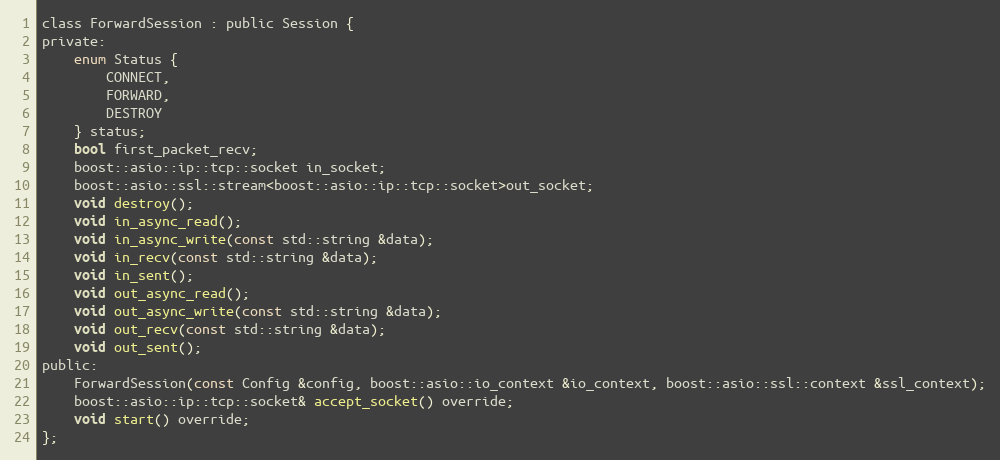
Language: C
class ForwardSession : public Session {
private:
    enum Status {
        CONNECT,
        FORWARD,
        DESTROY
    } status;
    bool first_packet_recv;
    boost::asio::ip::tcp::socket in_socket;
    boost::asio::ssl::stream<boost::asio::ip::tcp::socket>out_socket;
    void destroy();
    void in_async_read();
    void in_async_write(const std::string &data);
    void in_recv(const std::string &data);
    void in_sent();
    void out_async_read();
    void out_async_write(const std::string &data);
    void out_recv(const std::string &data);
    void out_sent();
public:
    ForwardSession(const Config &config, boost::asio::io_context &io_context, boost::asio::ssl::context &ssl_context);
    boost::asio::ip::tcp::socket& accept_socket() override;
    void start() override;
};